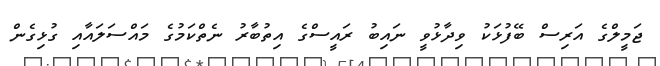
ޖަމީލްގެ އަރިސް ބޭފުޅަކު ވިދާޅުވީ ނައިބު ރައީސްގެ އިތުބާރު ނެތްކަމުގެ މައްސަލައާއި ގުޅިގެން